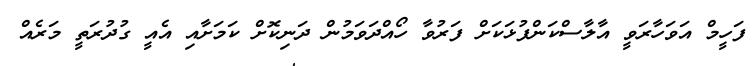
ފަހީމް އަވަހާރަވީ އާލާސްކަންފުޅަކަށް ފަރުވާ ހޯއްދަވަމުން ދަނިކޮށް ކަމަށާއި އެއީ ގުދުރަތީ މަރެއް